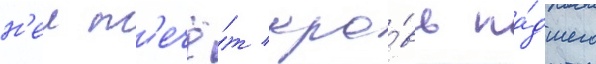
н'еи т'ечё́т кро́вь па́дшего